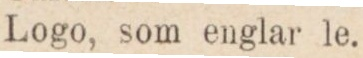
Logo, som englar le.